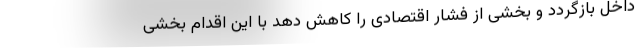
داخل بازگردد و بخشی از فشار اقتصادی را کاهش دهد با این اقدام بخشی